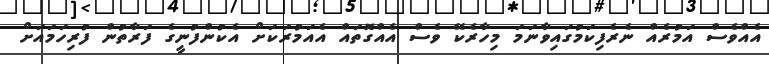
އެއްވެސް އަމުރެއް ނެރެފިކަމުގައިވާނަމަ މިހާރެކޭ ވެސް އެއްގޮތައް އެއަމުރަކަށް އެކުންފުނީގެ ފަރާތުން ފުރިހަމައަށް